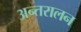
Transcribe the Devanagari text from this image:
अन्तरालन